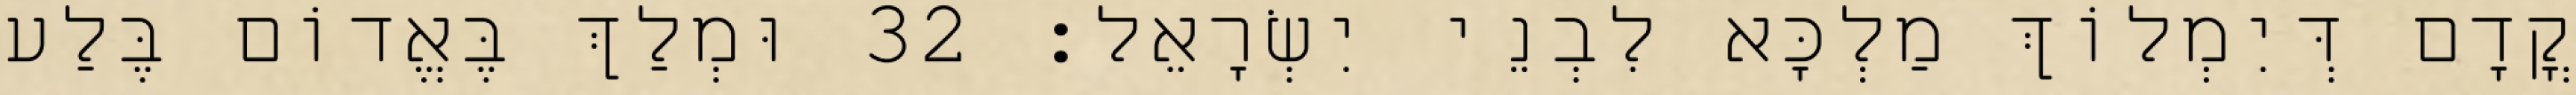
קֳדָם דְּיִמְלוֹךְ מַלְכָּא לִבְנֵי יִשְׂרָאֵל׃ 32 וּמְלַךְ בֶּאֱדוֹם בֶּלַע